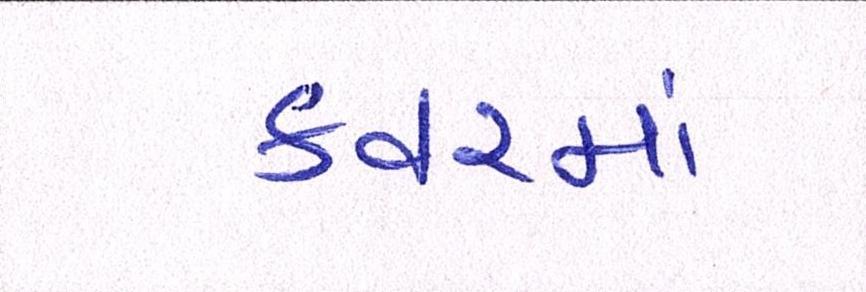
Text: કવરમાં